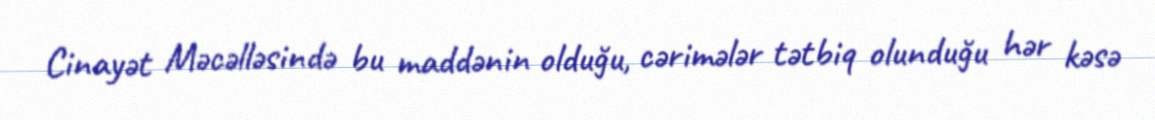
Cinayət Məcəlləsində bu maddənin olduğu, cərimələr tətbiq olunduğu hər kəsə